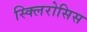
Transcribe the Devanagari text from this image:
स्क्लिरोसिस